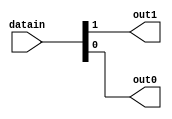
module two_bit_sep(input [1:0]datain,output out1,out0);
  assign out1=datain[1];
  assign out0=datain[0];
endmodule